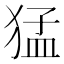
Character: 猛